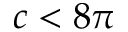
c < 8 \pi